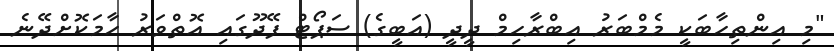
"މި އިންތިހާބަކީ މެމްބަރު އިބްރާހިމް ދީދީ (އަބީގެ) ސަޕޯޓް ފޭދޫގައި އޮތްވަރު ހާމަކޮށްދޭނެ